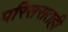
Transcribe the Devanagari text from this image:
परिसरातही